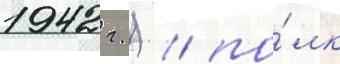
1942 г.) / по́лк